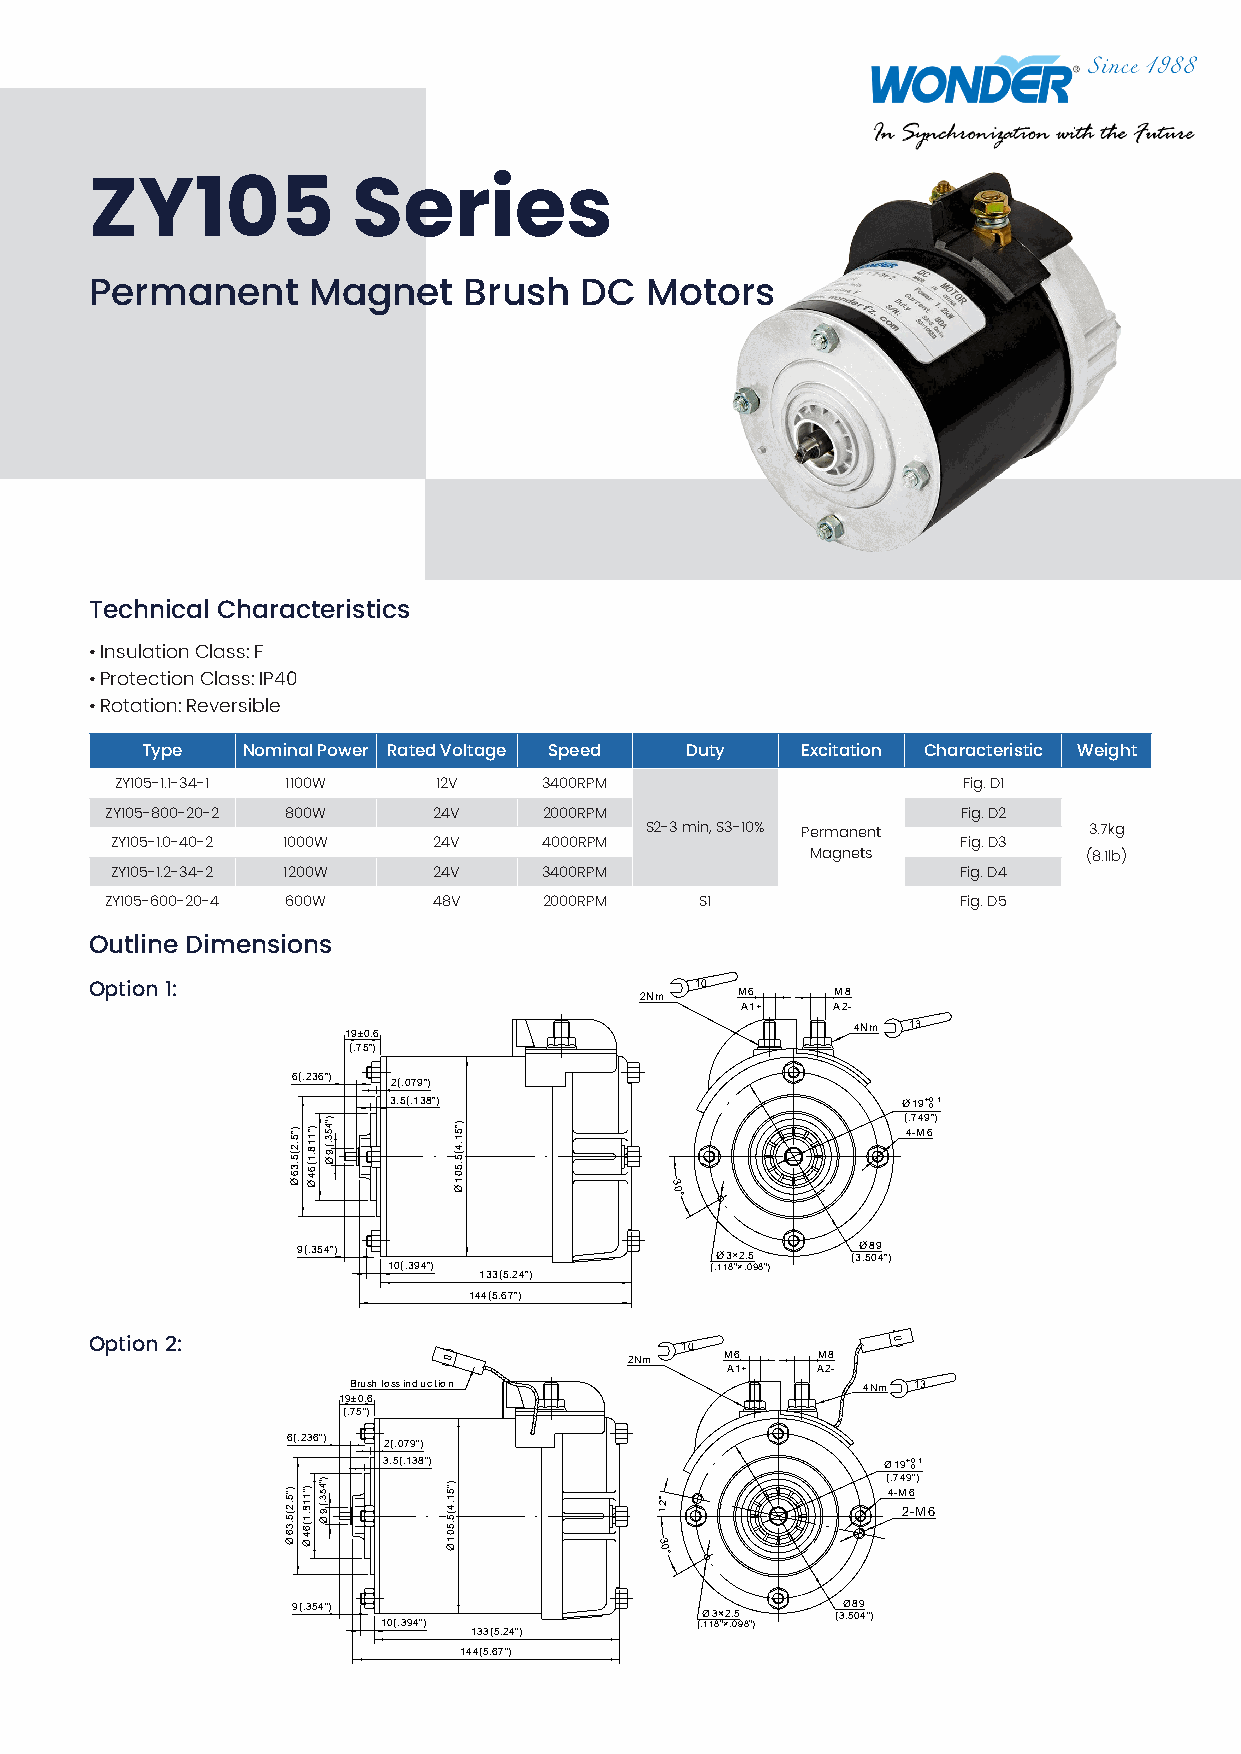
ZY105            Series
 Permanent     Magnet     Brush  DC   Motors
 Technical Characteristics
 • Insulation Class: F
 • Protection Class: IP40
 • Rotation: Reversible
 Type   Nominal Power Rated Voltage Speed Duty Excitation Characteristic Weight
 ZY105-1.1-34-1 1100W 12V    3400RPM                     Fig. D1
 ZY105-800-20-2 800W   24V    2000RPM                     Fig. D2
 S2-3 min, S3-10% Permanent   3.7kg
 ZY105-1.0-40-2 1000W  24V    4000RPM                     Fig. D3
 Magnets           (8.1lb)
 ZY105-1.2-34-2 1200W  24V    3400RPM                     Fig. D4
 ZY105-600-20-4 600W   48V    2000RPM   S1                Fig. D5
 Outline Dimensions
 10
 Option 1:                           2Nm    M6    M8
 A1+   A2-
 4Nm 13
 19±0.6
 (.75")
 6(.236") 2(.079")
 3.5(.138")                        Ø19+ 00.1
 (.749") 4-M6
 30°
 9(.354")                             Ø89
 Ø3×2.5   (3.504")
 10(.394")            (.118"×.098")
 133(5.24")
 144(5.67")
 Option 2:                              10
 2Nm   M6    M8
 A1+   A2-
 Brushlossinduction                4Nm 13
 19±0.6
 (.75")
 6(.236") 2(.079")
 3.5(.138")                       Ø19+ 00.1
 (.749") 12° 4-M 26
 -M6
 30°
 9(.354")                             Ø89
 Ø3×2.5   (3.504")
 10(.394")            (.118"×.098")
 133(5.24")
 144(5.67")
 )"5.2(5.36Ø
 )"5.2(5.36Ø
 )"118.1(64Ø
 )"118.1(64Ø
 )"453.(9Ø
 )"453.(9Ø )"51.4(5.501Ø
 )"51.4(5.501Ø